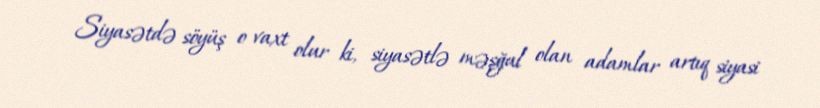
Siyasətdə söyüş o vaxt olur ki, siyasətlə məşğul olan adamlar artıq siyasi